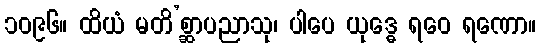
၁၀၉၆။ ထိယံ မတိ’စ္ဆာပညာသု၊ ပါပေ ယုဒ္ဓေ ရဝေ ရဏော။